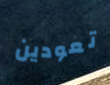
تعودين